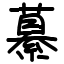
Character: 繤